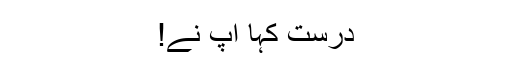
درست کہا آپ نے!